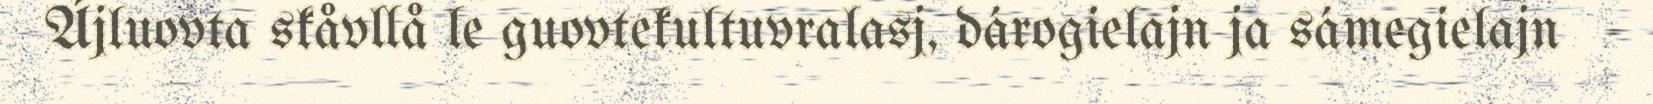
Ájluovta skåvllå le guovtekultuvralasj, dárogielajn ja sámegielajn